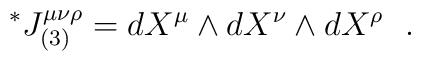
\vphantom{J}^{*}J_{(3)}^{\mu \nu \rho} = dX^{\mu} \wedge dX^\nu \wedge dX^{\rho}~~.